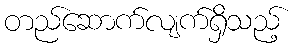
တည်ဆောက်လျက်ရှိသည့်